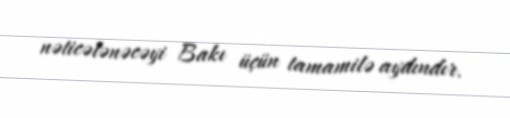
nəticələnəcəyi Bakı üçün tamamilə aydındır.